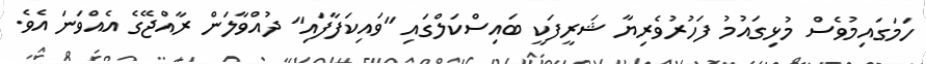
ހަމަގައިމުވެސް މުޅިގައުމު ފަހުރުވެރިޔާ ޝަރީފަކީ ބައިސްކަލްގައި "ވައިކަފާފައި" ދުއްވާލަން ރާއްޖޭގެ އެއްވަނަ އެވެ.